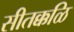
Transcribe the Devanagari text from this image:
सीतक्कळि